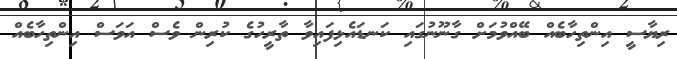
ރިޔާސީ އިންތިހާބެއް ބޭއްވުމަށް ގާނޫނުގައި ކަނޑައެޅިފައިވާ ތާރީހުގެ ކުރިން ވެސް އަވަސް އިންތިހާބެއް